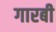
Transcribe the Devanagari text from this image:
गारबी